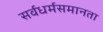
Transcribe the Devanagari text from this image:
सर्वधर्मसमानता